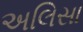
અલિસા